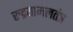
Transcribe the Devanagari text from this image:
रुद्रयामलतंत्र